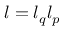
l = l _ { q } l _ { p }